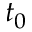
t _ { 0 }